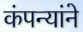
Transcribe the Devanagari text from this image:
कंपन्यांने